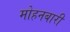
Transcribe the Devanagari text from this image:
मोहनबारी